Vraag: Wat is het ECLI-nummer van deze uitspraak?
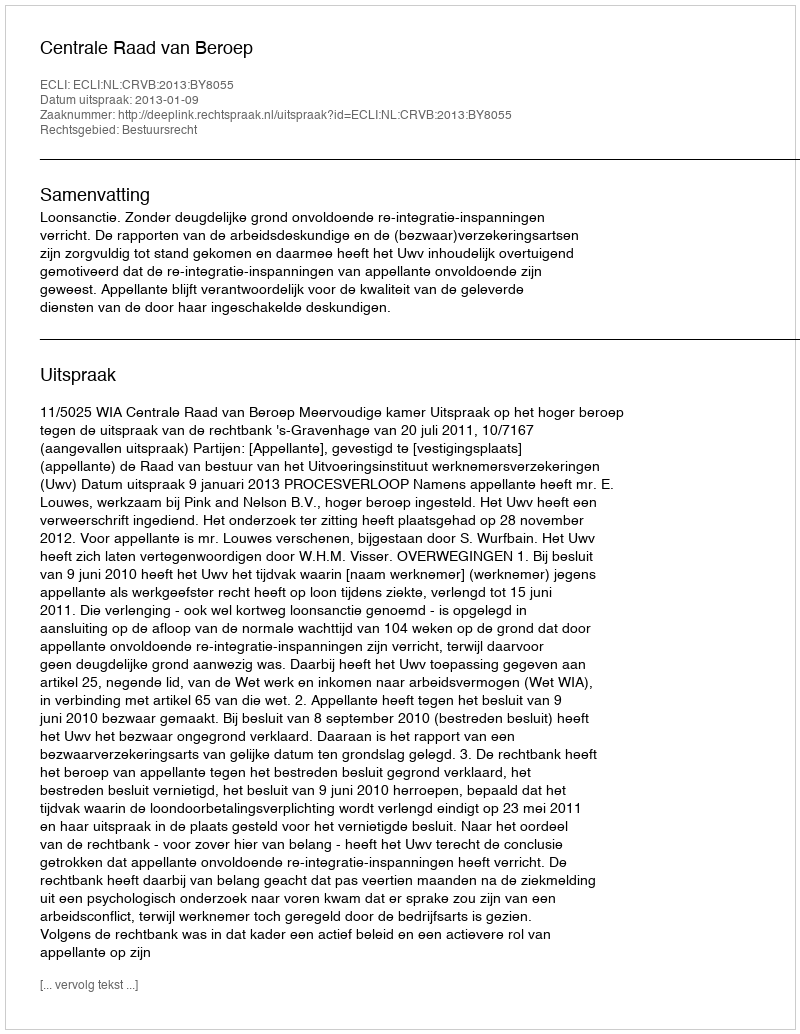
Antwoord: ECLI:NL:CRVB:2013:BY8055